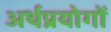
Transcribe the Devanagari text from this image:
अर्थप्रयोगों